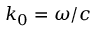
k _ { 0 } = \omega / c